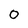
Character: 0